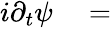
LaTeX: \begin{array}{rl}{i\partial_{t}\psi}&{{}=}\end{array}